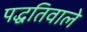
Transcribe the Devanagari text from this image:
पद्धतिवाले